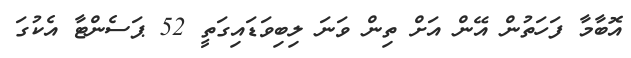
އޮބާމާ ފަހަތުން އޭން އަށް ތިން ވަނަ ލިބިވަޑައިގަތީ 52 ޕަސެންޓާ އެކުގަ